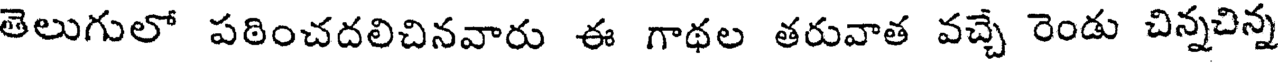
తెలుగులో పఠించదలిచినవారు ఈ గాథల తరువాత వచ్చే రెండు చిన్నచిన్న